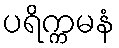
ပရိက္ကမနံ